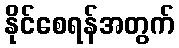
နိုင်စေရန်အတွက်